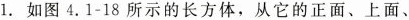
1. 如图4. 1-18所示的长方体，从它的正面、上面、